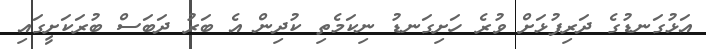
އަޅުގަނޑުގެ ދަރިފުޅަށް ވުރެ ހަށިގަނޑު ނިކަމެތި ކުދިން އެ ބަރު ދަބަސް ބުރަކަށީގައި